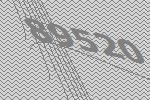
89520